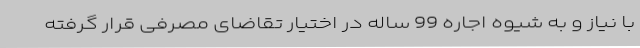
با نیاز و به شیوه اجاره 99 ساله در اختیار تقاضای مصرفی قرار گرفته